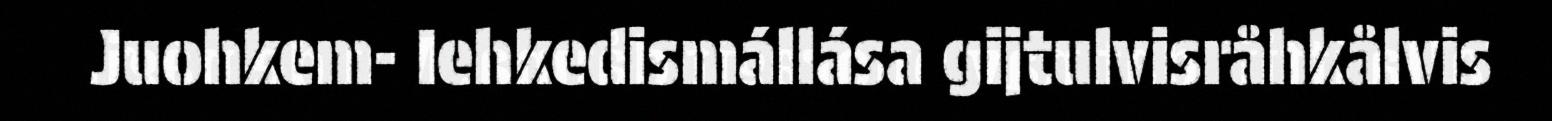
Juohkem- Iehkedismállása gijtulvisråhkålvis